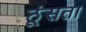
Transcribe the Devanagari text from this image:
ठूंसता